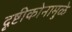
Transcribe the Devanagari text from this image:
दृष्टीकोनामुळे